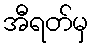
အီရတ်မှ